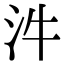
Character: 汼